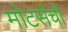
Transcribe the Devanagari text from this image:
मोटर्सची